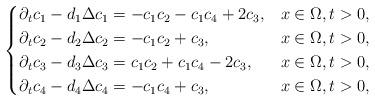
LaTeX: \begin{align*}\begin{cases}\partial_t c_1 - d_1\Delta c_1 = - c_1c_2 - c_1c_4 + 2c_3,&x\in \Omega, t>0,\\\partial_t c_2 - d_2\Delta c_2 = - c_1c_2 + c_3,&x\in \Omega, t>0,\\\partial_t c_3 - d_3\Delta c_3 = c_1c_2 + c_1c_4 - 2c_3,&x\in \Omega, t>0,\\\partial_t c_4 - d_4\Delta c_4 = -c_1c_4 + c_3, &x\in \Omega, t>0,\end{cases}\end{align*}